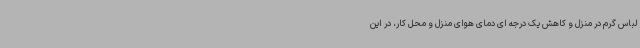
لباس گرم در منزل و کاهش یک درجه ای دمای هوای منزل و محل کار، در این